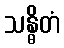
သန္ဓိတံ